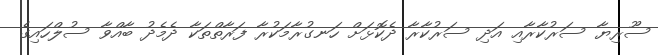
ސޫރިޔާ ސަރުކާރާއި އަދި ސަރުކާރާ ދެކޮޅަށް ހަނގުރާމަކުރާ ފަރާތްތަކާ ދެމެދު ބާއްވާ ސުލްހައިގެ